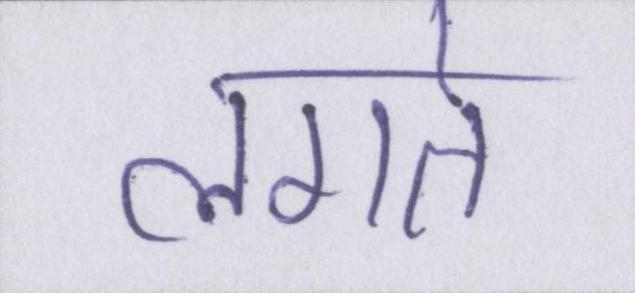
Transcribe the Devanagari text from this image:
लगते